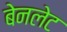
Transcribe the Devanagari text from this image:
बेनलेट